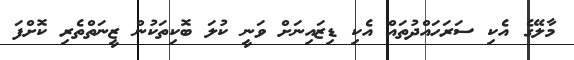
މާލޭގެ އެކި ސަރަހައްދުތައް އެކި ޑިޒައިނަށް ވަނީ ކުލަ ބޮކިތަކުން ޒީނަތްތެރި ކޮށްފަ